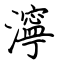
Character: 濘